Account of plague administration in the Bombay Presidency from September 1896 till May 1897
Year: 1896
Disease focus: Plague
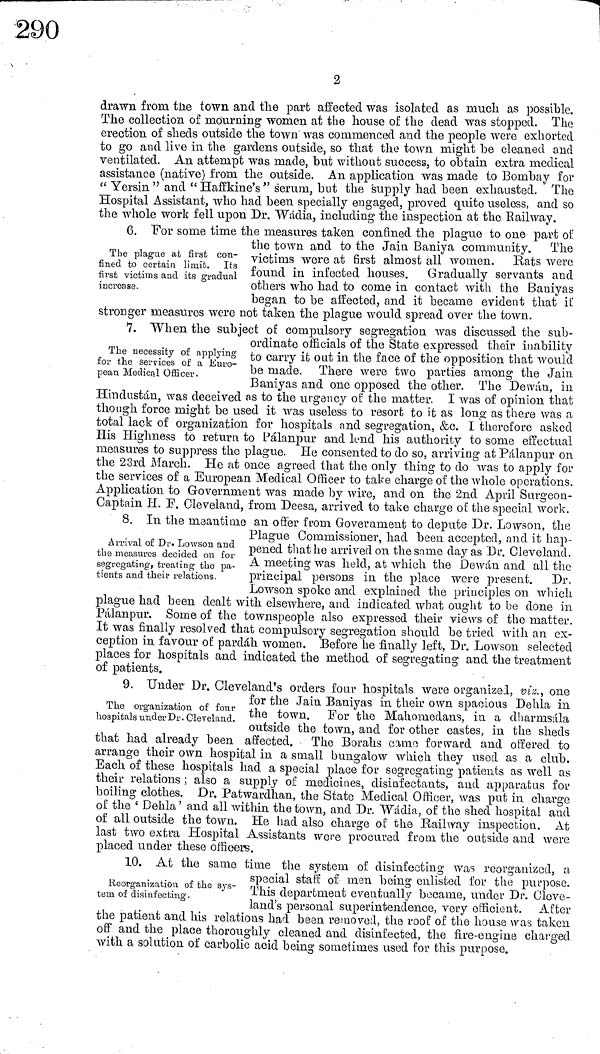
2
drawn from tue town and the part affected was isolated as much as possible.
The collection of mourning women at the house of the dead was stopped. The
erection of sheds outside the town was commenced and the people were exhorted
to go and live in the gardens outside, so that the town might be cleaned and
ventilated. An attempt was made, but without success, to obtain extra medical
assistance (native) from the outside. An application was made to Bombay for
ec Yersin " and " Haffkine's " serum, but the supply had been exhausted. The
Hospital Assistant, who had been specially engaged, proved quite useless, and so
the whole work fell upon Dr. "Wadia, including the inspection at the Railway.
The plague at first con-
fined to certain limit. Its
first victims and its gradual
increase.
6. For some time the measures taken confined the plague to one part of
the town and to the Jain Baniya community. The
victims wore at first almost all women. Rats were
found in infected houses. Gradually servants and
others who had to come in contact with the Baniyas
began to be affected, and it became evident that if
stronger measures were not taken the plague would spread over the town.
The necessity of applying
for the services of a Euro-
pean Medical Officer.
7. When the subject oí compulsory segregation was discussed the sub-
ordinate officials of the State expressed their inability
to carry it out in the face of the opposition that would
be made. There were two parties among the Jain
Baniyas and one opposed the other. The Dewán, in
Hindustan, was deceived as to the urgency of the matter. I was of opinion that
though force might be used it was useless to resort to it as long as there was a
total lack of organization for hospitals and segregation, &c. I therefore asked
His Highness to return to Pálanpur and lend his authority to some effectual
measures to suppress the plague. He consented to do so, arriving at Pálanpur on
the 23rd March. He at once agreed that the only thing to do was to apply for
the services of a European Medical Officer to take charge of the whole operations.
Application to Government was made by wire, and on the 2nd April Surgeon-
Oaptain H. F. Cleveland, from Deesa, arrived to take charge of the special work.
Arrival of Dr. Lowson and
the measures decided on for
segregating, treating the pa-
tients and their relations.
8. In the meantime an offer from Government to depute Dr. Lowson, the
Plague Commissioner, had been accepted, and it hap-
pened that ho arrived on the same day as Dr. Cleveland.
A meeting was held, at which the Dewán and all the
principal persons in the place were present. Dr.
Lowson spoke and explained the principles on which
plague had been dealt with elsewhere, and indicated what ought to be done in
Pálanpur. Some of the townspeople also expressed their views of the matter.
It was finally resolved that compulsory segregation should be tried with an ex-
ception in favour of pardáh women. Before he finally left, Dr. Lowson selected
places for hospitals and indicated the method of segregating and the treatment
of patients.
The organization of four
hospitals under Dr. Cleveland.
9. Under Dr. Cleveland's orders four hospitals were organized, viz., one
for the Jain Baniyas in their own spacious Dehla in
the town. Por the Mahomedans, in a dharmsála
outside the town, and for other castes, in the sheds
that had already been affected. The Borahs came forward and offered to
arrange their own hospital in a small bungalow which they used as a club.
Each of these hospitals had a special place for segregating patients as well as
their relations ; also a supply of medicines, disinfectants, and apparatus for
boiling clothes. Dr. Patwardhan, the State Medical Officer, was put in charge
of the ' Dehla ' and all within the town, and Dr. Wadia, of the shed hospital and
of all outside the town. He had also charge of the Railway inspection. At
last two extra Hospital Assistants were procured from the outside and were
placed under these officers.
Reorganization of the sys-
tem, of disinfecting.
10. At the same time the system of disinfecting was reorganized, a
special staff of men being enlisted for the purpose.
This department eventually became, under Dr. Clove-
land's personal superintendence, very efficient. After
the patient and his relations had been removed, the roof of the house was taken
off and the place thoroughly cleaned and disinfected, the fire-engine charged
with a solution of carbolic acid being sometimes used for this purpose.